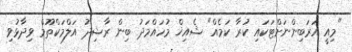
"މިއީ އަރަބިންނަށްޓަކައި ކުރާ ކަމެއް" ޝެއިޚް މުހައްމަދު ބިން ރާޝިދު އަލްމަކްތޫމް ވިދާޅުވި